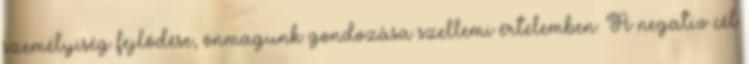
személyiség fejlődése, önmagunk gondozása szellemi értelemben. A negatív cél